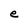
Character: e